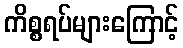
ကိစ္စရပ်များကြောင့်